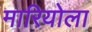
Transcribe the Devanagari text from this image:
मारियोला